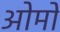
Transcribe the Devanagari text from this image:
ओमों